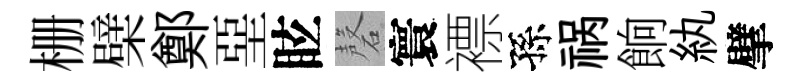
栅檗鄭堊眩磬寰褾孫祸餉紈擘